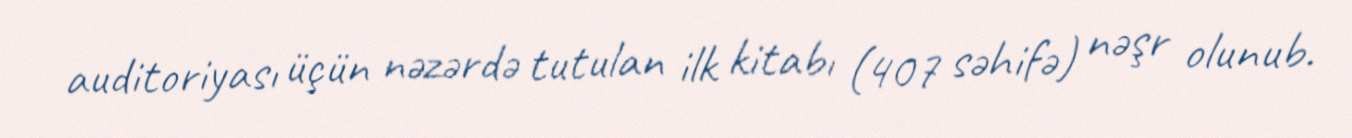
auditoriyası üçün nəzərdə tutulan ilk kitabı (407 səhifə) nəşr olunub.